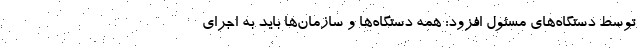
توسط دستگاه‌های مسئول افزود: همه دستگاه‌ها و سازمان‌ها باید به اجرای